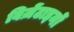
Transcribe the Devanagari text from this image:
बिज़ेंटाइनों